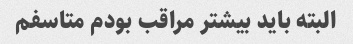
البته باید بیشتر مراقب بودم متاسفم